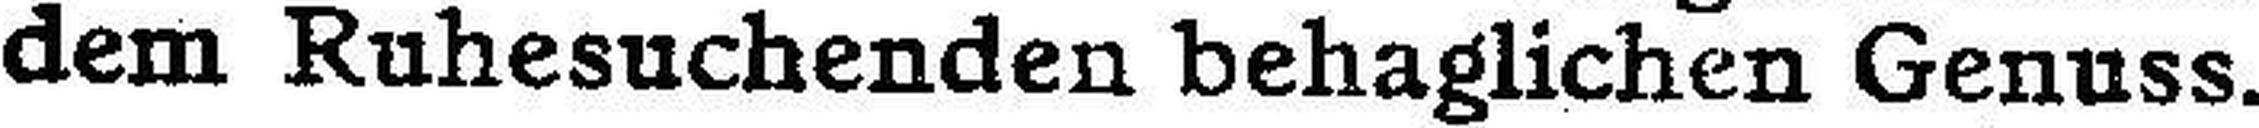
dem Ruhesuchenden behaglichen Genuss.